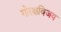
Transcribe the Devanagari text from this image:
गोरक्षविजय